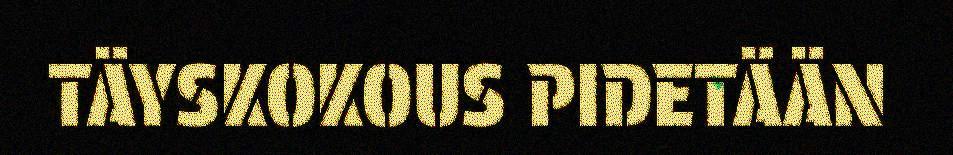
TÄYSKOKOUS PIDETÄÄN